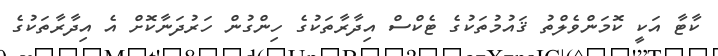
ކާޓާ އަކީ ކޮމަންވެލްތު ޤައުމުތަކުގެ ޓެކްސް އިދާރާތަކުގެ ހިންގުން ހަރުދަނާކޮށް އެ އިދާރާތަކުގެ